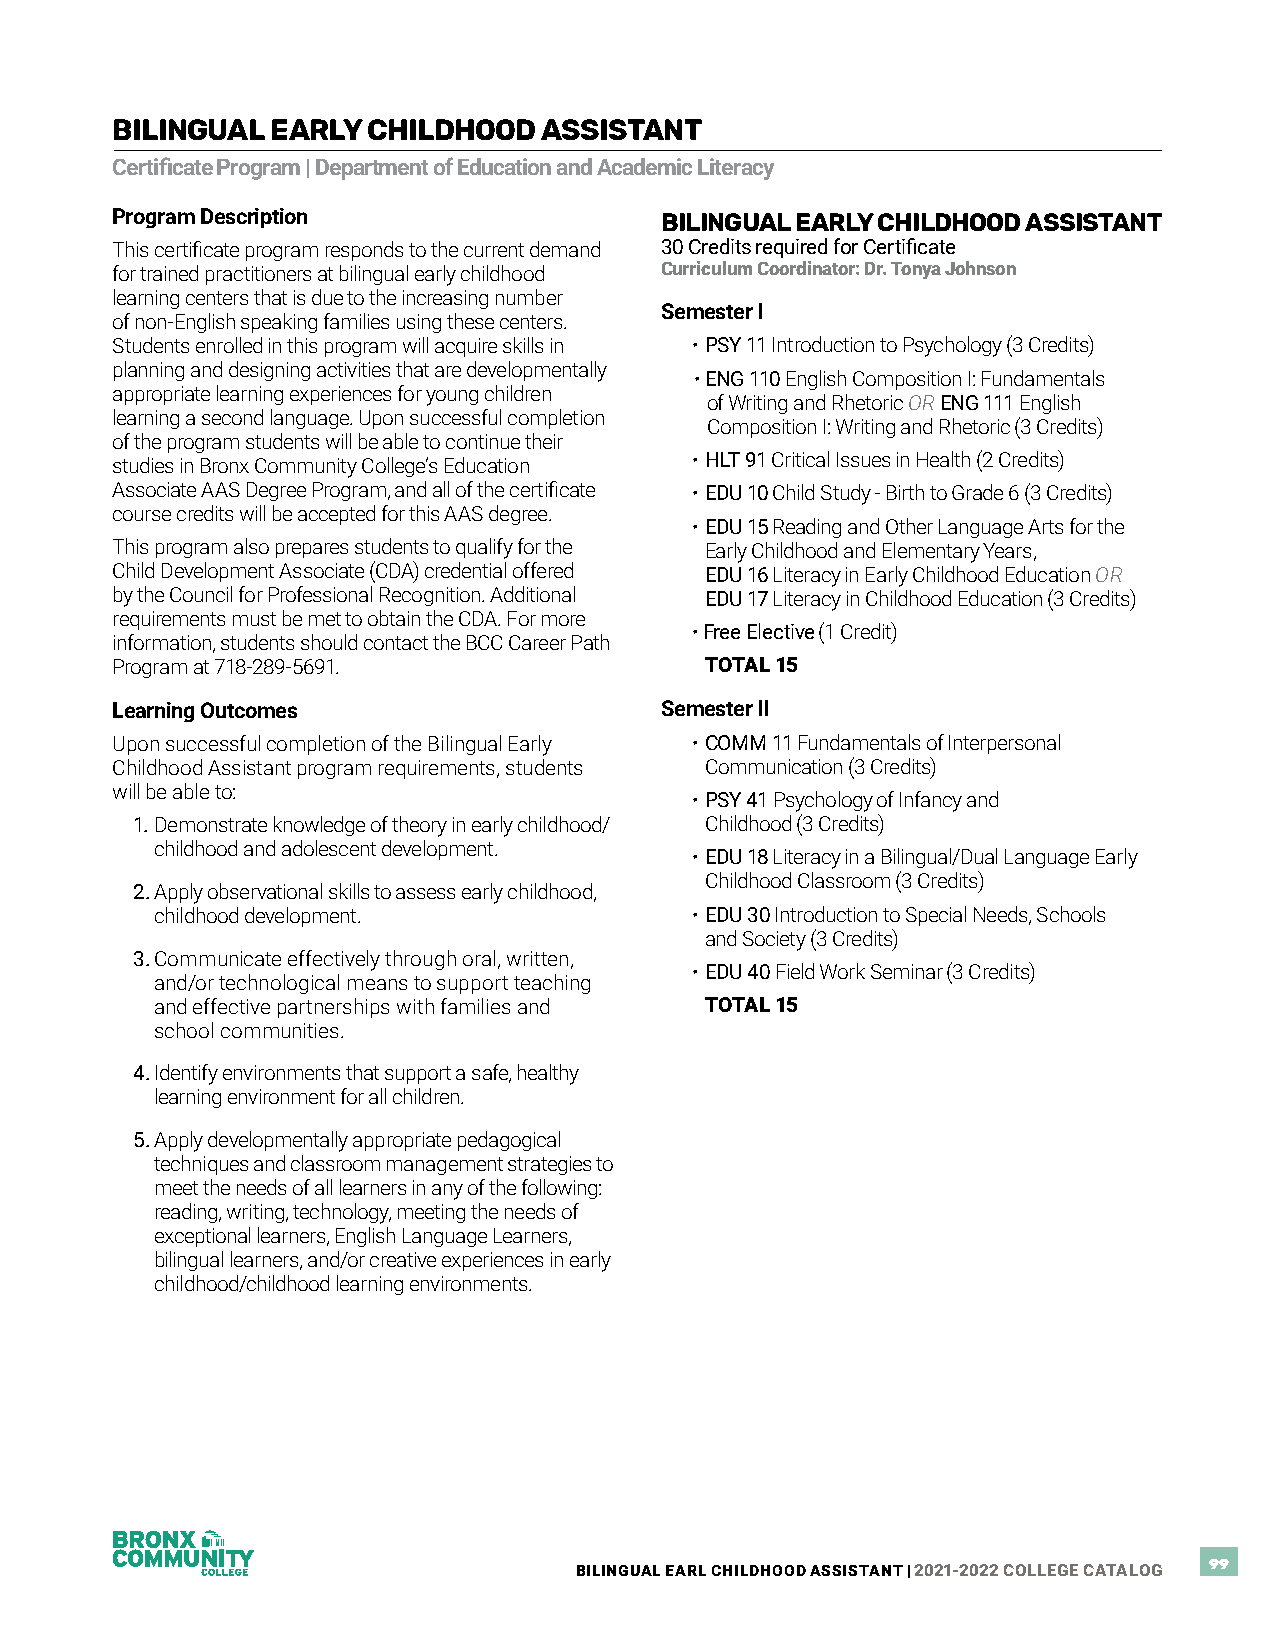
BILINGUAL  EARLY CHILDHOOD   ASSISTANT
 Certificate Program | Department of Education and Academic Literacy
 Program Description                  BILINGUAL EARLY CHILDHOOD ASSISTANT
 This certificate program responds to the current demand 30 Credits required for Certificate
 for trained practitioners at bilingual early childhood Curriculum Coordinator: Dr. Tonya Johnson
 learning centers that is due to the increasing number
 Semester I
 of non-English speaking families using these centers.
 Students enrolled in this program will acquire skills in • PSY 11 Introduction to Psychology (3 Credits)
 planning and designing activities that are developmentally
 • ENG 110 English Composition I: Fundamentals
 appropriate learning experiences for young children
 of Writing and Rhetoric OR ENG 111 English
 learning a second language. Upon successful completion
 Composition I: Writing and Rhetoric (3 Credits)
 of the program students will be able to continue their
 studies in Bronx Community College’s Education • HLT 91 Critical Issues in Health (2 Credits)
 Associate AAS Degree Program, and all of the certificate • EDU 10 Child Study - Birth to Grade 6 (3 Credits)
 course credits will be accepted for this AAS degree.
 • EDU 15 Reading and Other Language Arts for the
 This program also prepares students to qualify for the Early Childhood and Elementary Years,
 Child Development Associate (CDA) credential offered EDU 16 Literacy in Early Childhood Education OR
 by the Council for Professional Recognition. Additional EDU 17 Literacy in Childhood Education (3 Credits)
 requirements must be met to obtain the CDA. For more
 • Free Elective (1 Credit)
 information, students should contact the BCC Career Path
 Program at 718-289-5691.                TOTAL 15
 Learning Outcomes                    Semester II
 Upon successful completion of the Bilingual Early • COMM 11 Fundamentals of Interpersonal
 Childhood Assistant program requirements, students Communication (3 Credits)
 will be able to:
 • PSY 41 Psychology of Infancy and
 1. Demonstrate knowledge of theory in early childhood/ Childhood (3 Credits)
 childhood and adolescent development.
 • EDU 18 Literacy in a Bilingual/Dual Language Early
 Childhood Classroom (3 Credits)
 2. Apply observational skills to assess early childhood,
 childhood development.              • EDU 30 Introduction to Special Needs, Schools
 and Society (3 Credits)
 3. Communicate effectively through oral, written,
 • EDU 40 Field Work Seminar (3 Credits)
 and/or technological means to support teaching
 and effective partnerships with families and TOTAL 15
 school communities.
 4. Identify environments that support a safe, healthy
 learning environment for all children.
 5. Apply developmentally appropriate pedagogical
 techniques and classroom management strategies to
 meet the needs of all learners in any of the following:
 reading, writing, technology, meeting the needs of
 exceptional learners, English Language Learners,
 bilingual learners, and/or creative experiences in early
 childhood/childhood learning environments.
 BILINGUAL EARL CHILDHOOD ASSISTANT | 2021-2022 COLLEGE CATALOG 99